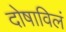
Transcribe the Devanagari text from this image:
दोषाविलं